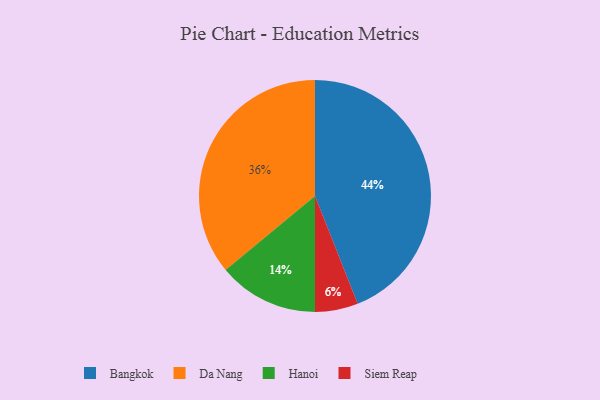
{"axis": {"x": "Category", "y": "Percentage"}, "legend": ["Bangkok", "Da Nang", "Hanoi", "Siem Reap"], "data": [{"x": "Hanoi", "y": 14, "type": "Hanoi"}, {"x": "Bangkok", "y": 44, "type": "Bangkok"}, {"x": "Da Nang", "y": 36, "type": "Da Nang"}, {"x": "Siem Reap", "y": 6, "type": "Siem Reap"}]}